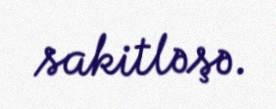
sakitləşə.